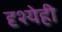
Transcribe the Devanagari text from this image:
दृश्येही